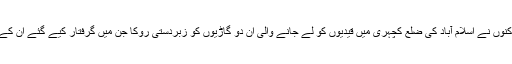
اس سے پہلے تحریکِ انصاف کے کارکنوں نے اسلام آباد کی ضلع کچہری میں قیدیوں کو لے جانے والی ان دو گاڑیوں کو زبردستی روکا جن میں گرفتار کیے گئے ان کے ساتھی کارکنوں کو عدالت لایا گیا تھا۔